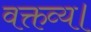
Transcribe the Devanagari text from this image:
वक्तव्य।